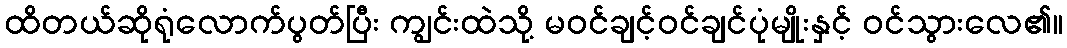
ထိတယ်ဆိုရုံလောက်ပွတ်ပြီး ကျွင်းထဲသို့ မဝင်ချင့်ဝင်ချင်ပုံမျိုးနှင့် ဝင်သွားလေ၏။